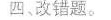
四、改错题。